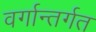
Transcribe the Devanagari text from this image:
वर्गान्तर्गत